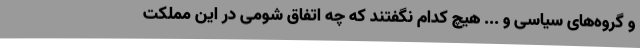
و گروه‌های سیاسی و ... هیچ کدام نگفتند که چه اتفاق شومی در این مملکت